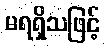
မရရှိသဖြင့်